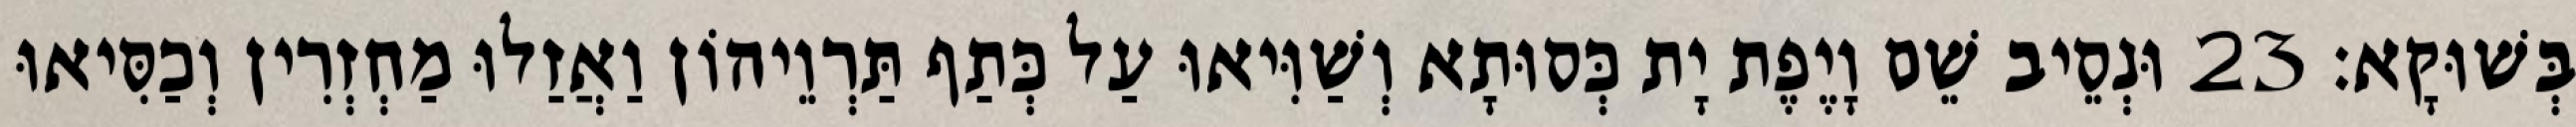
בְּשׁוּקָא׃ 23 וּנְסֵיב שֵׁם וָיֶפֶת יָת כְּסוּתָא וְשַׁוִּיאוּ עַל כְּתַף תַּרְוֵיהוֹן וַאֲזַלוּ מַחְזְרִין וְכַסִּיאוּ